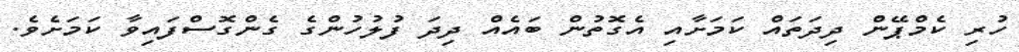
ހުރި ކެމްޕޭން ދިދަތައް ކަމަށާއި އެގޮތުން ބައެއް ދިދަ ފުލުހުންގެ ގެންގޮސްފައިވާ ކަމަށެވެ.